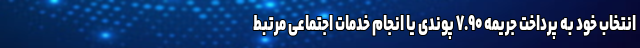
انتخاب خود به پرداخت جریمه ۷.۹۰ پوندی یا انجام خدمات اجتماعی مرتبط